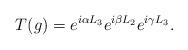
LaTeX: \begin{align*}T(g)=e^{i\alpha L_3}e^{i\beta L_2}e^{i\gamma L_3}.\end{align*}